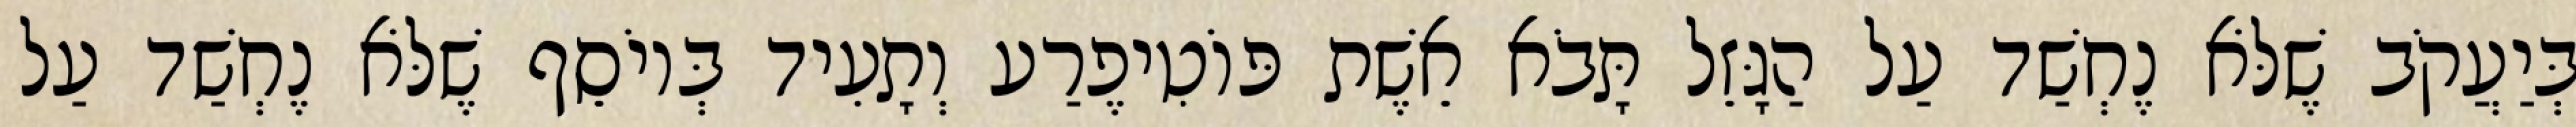
בְּיַעֲקֹב שֶׁלֹּא נֶחְשַׁד עַל הַגָּזֵל תָּבֹא אֵשֶׁת פּוֹטִיפֶרַע וְתָעִיד בְּיוֹסֵף שֶׁלֹּא נֶחְשַׁד עַל